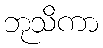
ဘုသိကာ